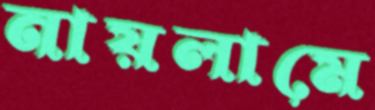
নায়লামে